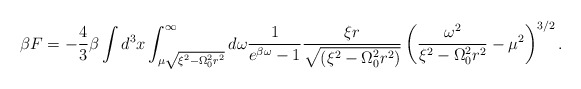
\begin{align*}\beta F = - \frac{4}{3} \beta \int d^3 x \int_{\mu \sqrt{ \xi^2 - \Omega_0^2 r^2 } }^\infty d \omega \frac{1}{e^{\beta \omega } - 1 } \frac{\xi r}{\sqrt{( \xi^2 - \Omega_0^2 r^2 )}}\left( \frac{\omega^2 }{ \xi^2 - \Omega_0^2 r^2 } - \mu^2 \right)^{3/2}.\end{align*}